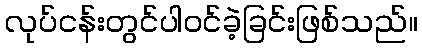
လုပ်ငန်းတွင်ပါဝင်ခဲ့ခြင်းဖြစ်သည်။